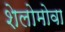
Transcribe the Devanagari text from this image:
शेलोमोवा